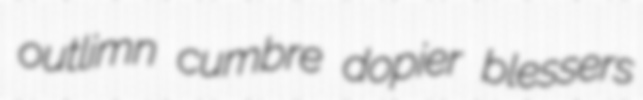
outlimn cumbre dopier blessers